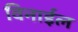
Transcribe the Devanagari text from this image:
विनाईल